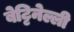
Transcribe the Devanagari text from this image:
बेट्टिनेल्ली